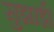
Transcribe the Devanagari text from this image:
सुझाई।